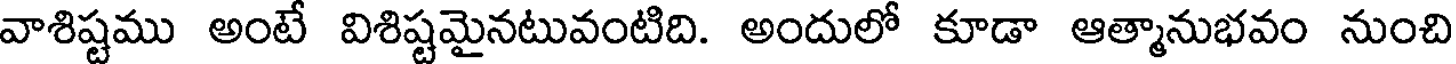
వాశిష్టము అంటే విశిష్టమైనటువంటిది. అందులో కూడా ఆత్మానుభవం నుంచి